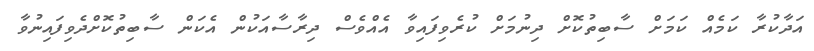
އަދާކުރާ ކަމެއް ކަމަށް ސާބިތުކޮށް ދިނުމަށް ކުރެވިފައިވާ އެއްވެސް ދިރާސާއަކުން އެކަން ސާބިތުކޮށްދެވިފައިނުވާ